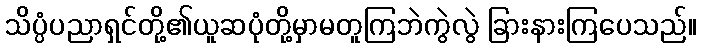
သိပ္ပံပညာရှင်တို့၏ယူဆပုံတို့မှာမတူကြဘဲကွဲလွဲ ခြားနားကြပေသည်။